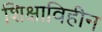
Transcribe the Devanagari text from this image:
शिक्षाविहीन